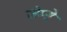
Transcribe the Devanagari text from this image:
जेम्से